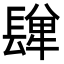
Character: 𨲥